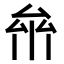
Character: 𠫸